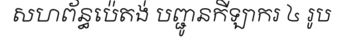
សហព័ន្ធប៉េតង់ បញ្ជូនកីឡាករ ៤ រូប